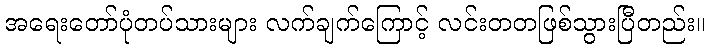
အရေးတော်ပုံတပ်သားများ လက်ချက်ကြောင့် လင်းတတဖြစ်သွားပြီတည်း။